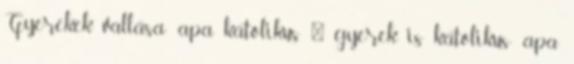
Gyerekek vallása: apa katolikus → gyerek is katolikus; apa